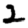
Digit: 2